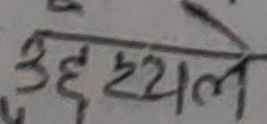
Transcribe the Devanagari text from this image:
उद्धयले